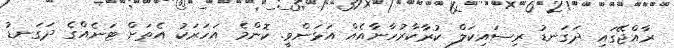
ރާއްޖޭގައި ދަގަނޑު ރިސައިކަލް ކުރާކާރުހާނާއެއް އަޅަންވީ. ކޮންމެ އަހަރަކު އެތަށް ޓަނެއްގެ ދަގަނޑު